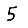
Digit: 5